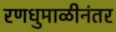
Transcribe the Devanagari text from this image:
रणधुमाळीनंतर